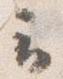
云